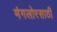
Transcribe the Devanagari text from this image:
मंगलोरसाठी